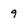
Character: 9